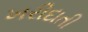
ખરીદાતી